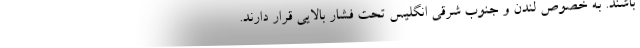
باشند. به خصوص لندن و جنوب شرقی انگلیس تحت فشار بالایی قرار دارند.